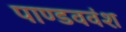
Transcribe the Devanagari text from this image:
पाण्डववंश